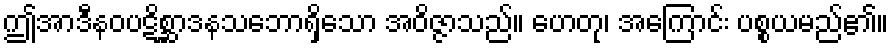
ဤအာဒီနဝပဋိစ္ဆာဒနသဘောရှိသော အဝိဇ္ဇာသည်။ ဟေတု၊ အကြောင်း ပစ္စယမည်၏။